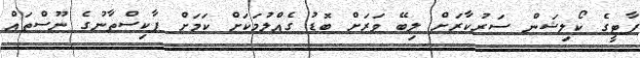
ޕާޓީގެ ކޯލިޝަން ސަރުކާރަށް ލިބޭ ވަރަށް ބޮޑު ގެއްލުމަކަށް ކަމަށް ޕާކިސްތާނުގެ ނޫސްތައް